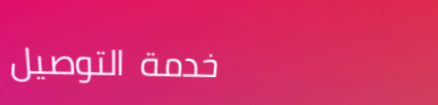
خدمة التوصيل